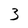
Character: 3